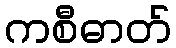
ကစီဓာတ်